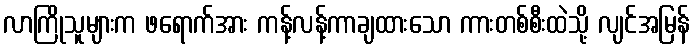
လာကြိုသူများက ဖရောက်အား ကန့်လန့်ကာချထားသော ကားတစ်စီးထဲသို့ လျင်အမြန်